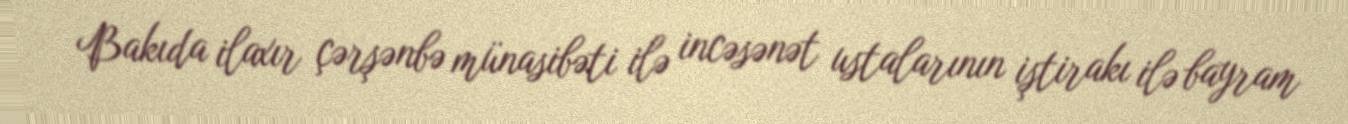
Bakıda ilaxır çərşənbə münasibəti ilə incəsənət ustalarının iştirakı ilə bayram